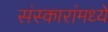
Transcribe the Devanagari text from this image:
संस्कारांमध्ये